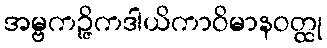
အမ္ဗကဉ္ဇိကဒါယိကာဝိမာနဝတ္ထု